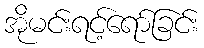
အိုမင်းရင့်ရော်ခြင်း